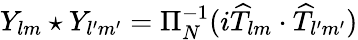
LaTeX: Y_{lm}\star Y_{l^{\prime}m^{\prime}}=\Pi_{N}^{-1}(i\widehat{T}_{lm}\cdot\widehat{T}_{l^{\prime}m^{\prime}})